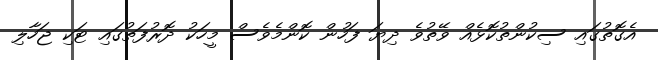
އެގޮތުގައި ސިކުންތުކޮޅެއް ވޭތުވެ ދިޔަ ފަހުން ކޮންމެވެސް މީހަކު ދޮރުފަތުގައި ޓަކި ޖަހާލި